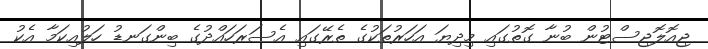
ޖިއޮލޮޖިސްޓުން ބުނާ ގޮތުގައި މިދިޔަ އަހަރުތަކުގެ ތެރޭގައި އެސަރަހައްދުގެ ބިންގަނޑު ހަލުއިކަމާ އެކު